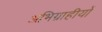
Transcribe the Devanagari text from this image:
अभिग्राहीयों